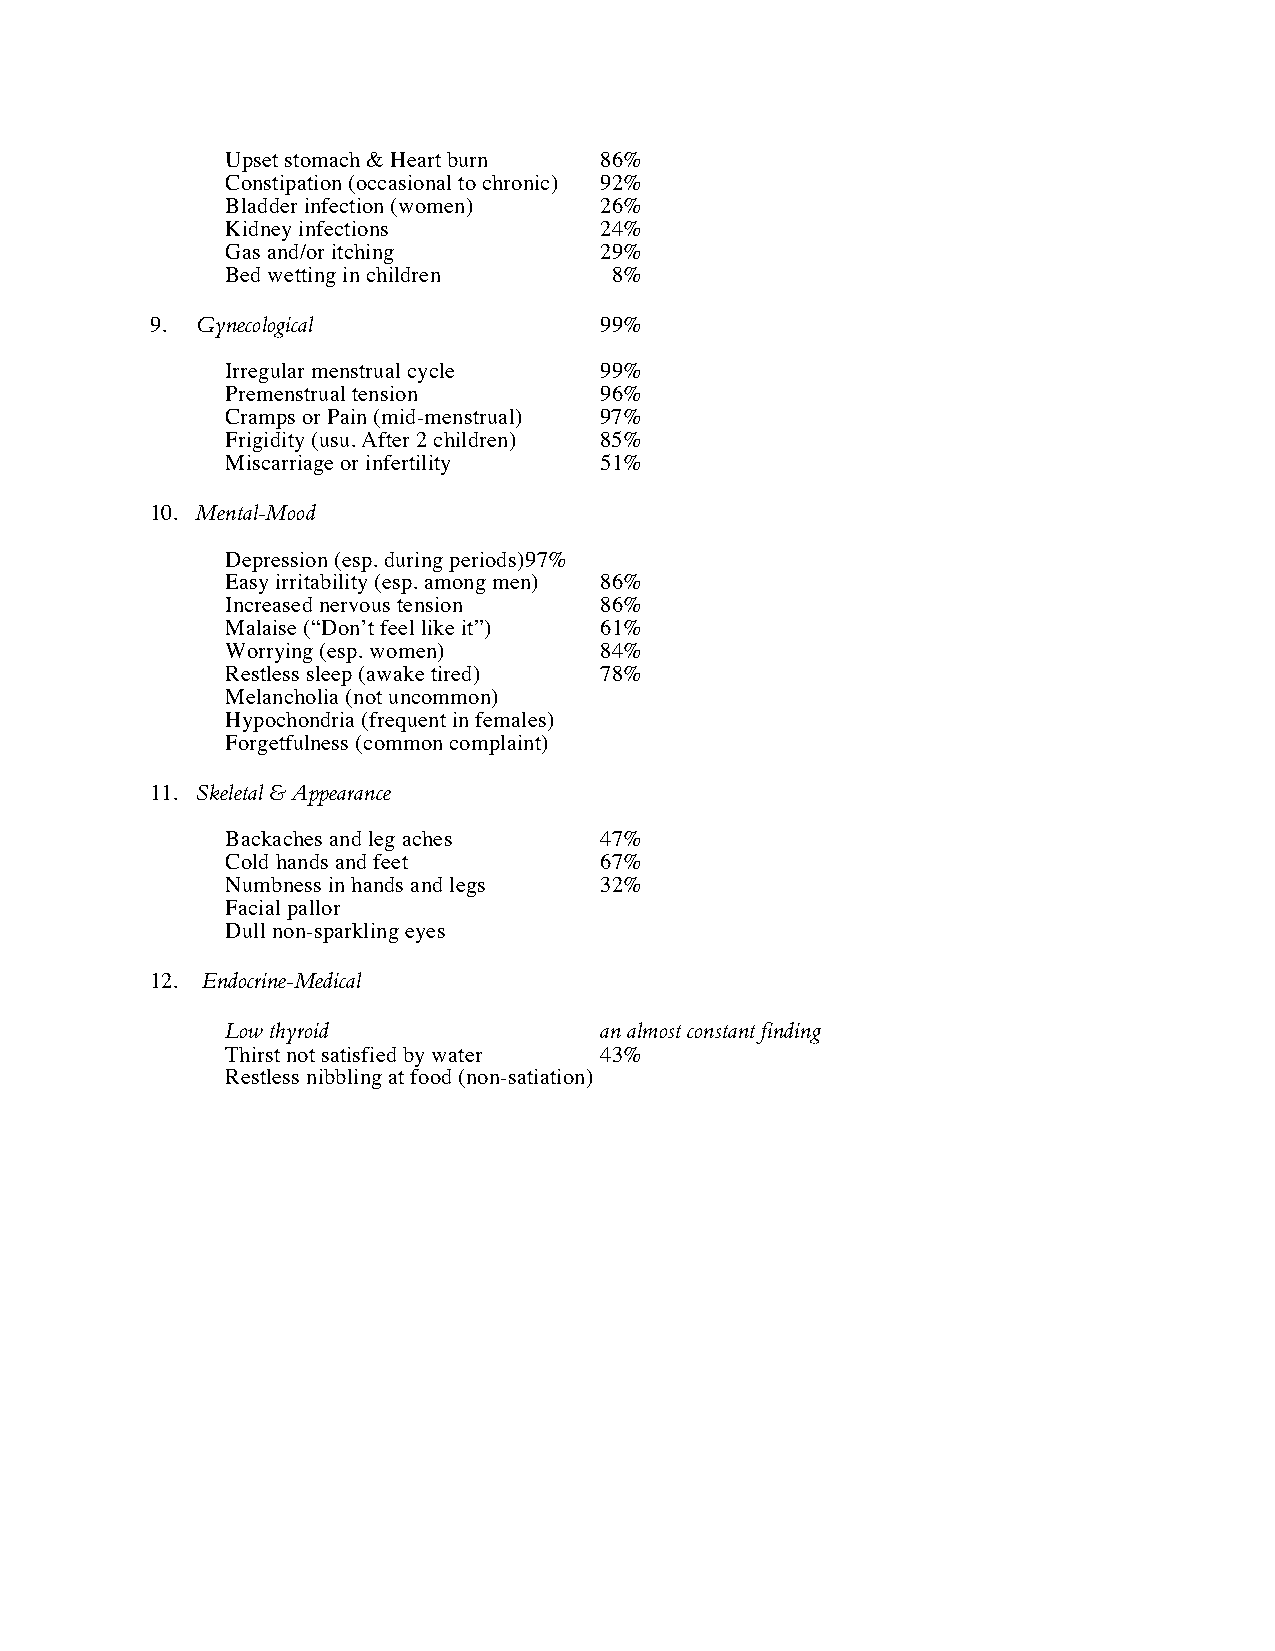
Upset stomach & Heart burn 86%
 Constipation (occasional to chronic) 92%
 Bladder infection (women) 26%
 Kidney infections        24%
 Gas and/or itching       29%
 Bed wetting in children  8%
 9. Gynecological              99%
 Irregular menstrual cycle 99%
 Premenstrual tension     96%
 Cramps or Pain (mid-menstrual) 97%
 Frigidity (usu. After 2 children) 85%
 Miscarriage or infertility 51%
 10. Mental-Mood
 Depression (esp. during periods) 97%
 Easy irritability (esp. among men) 86%
 Increased nervous tension 86%
 Malaise (“Don’t feel like it”) 61%
 Worrying (esp. women)    84%
 Restless sleep (awake tired) 78%
 Melancholia (not uncommon)
 Hypochondria (frequent in females)
 Forgetfulness (common complaint)
 11. Skeletal & Appearance
 Backaches and leg aches  47%
 Cold hands and feet      67%
 Numbness in hands and legs 32%
 Facial pallor
 Dull non-sparkling eyes
 12. Endocrine-Medical
 Low thyroid              an almost constant finding
 Thirst not satisfied by water 43%
 Restless nibbling at food (non-satiation)